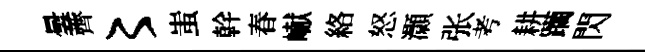
曇薺〻蚩幹春𪩘絡怒灝张考耕躪閃